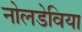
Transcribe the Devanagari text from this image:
नोलडेविया